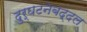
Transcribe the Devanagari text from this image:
दुर्घटनेबद्दल